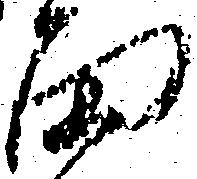
面